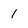
Character: 1